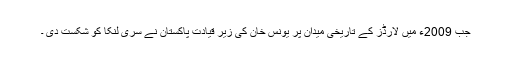
جب 2009ء میں لارڈز کے تاریخی میدان پر یونس خان کی زیر قیادت پاکستان نے سری لنکا کو شکست دی ۔